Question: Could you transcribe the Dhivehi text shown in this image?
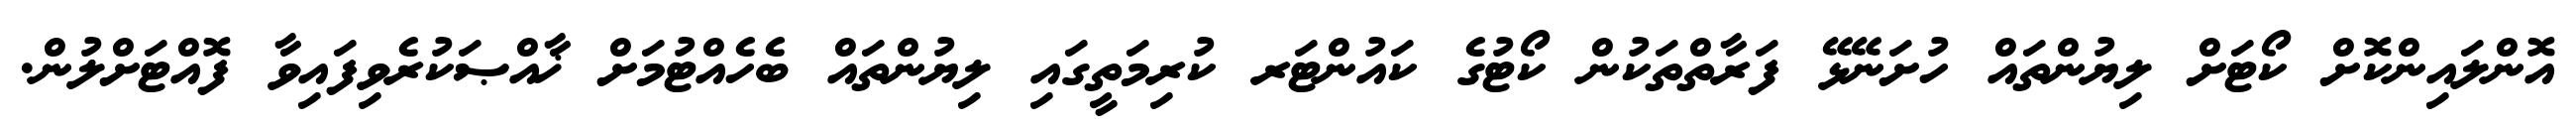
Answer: އޮންލައިންކޮށް ކޯޓަށް ލިޔުންތައް ހުށަނޭޅޭ ފަރާތްތަކުން ކޯޓުގެ ކައުންޓަރ ކުރިމަތީގައި ލިޔުންތައް ބެހެއްޓުމަށް ޚާއްޞަކުރެވިފައިވާ ފޮއްޓަށްލުން.